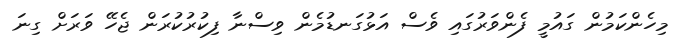
މިހެންކަމުން ގައުމީ ފެންވަރުގައި ވެސް އަޅުގަނޑުމެން ވިސްނާ ފިކުރުކުރަން ޖެހޭ ވަރަށް ގިނަ